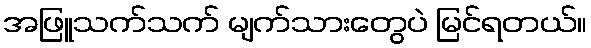
အဖြူသက်သက် မျက်သားတွေပဲ မြင်ရတယ်။